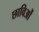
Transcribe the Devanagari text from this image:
छाविओं